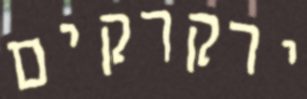
ירקרקים